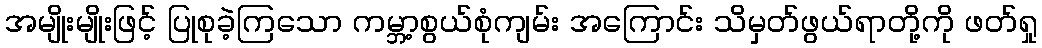
အမျိုးမျိုးဖြင့် ပြုစုခဲ့ကြသော ကမ္ဘာ့စွယ်စုံကျမ်း အကြောင်း သိမှတ်ဖွယ်ရာတို့ကို ဖတ်ရှု